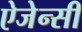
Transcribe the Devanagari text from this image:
ऐजेन्‍सी